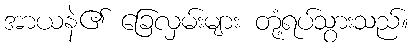
အာယနဲ၏ ခြေလှမ်းများ တုံ့ရပ်သွားသည်။